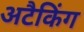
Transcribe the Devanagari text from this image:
अटैकिंग